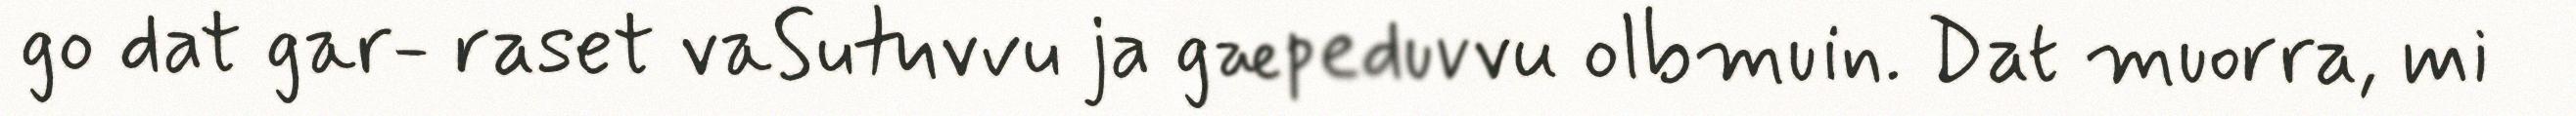
go dat gar- raset vaSutuvvu ja gæpeduvvu olbmuin. Dat muorra, mi